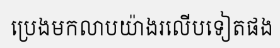
ប្រេងមកលាបយ៉ាងរលើបទៀតផង